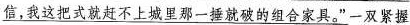
\underline{信，我这把式就赶不上城里那一捶就破的组合家具。”}一双紧握